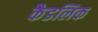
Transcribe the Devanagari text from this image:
कैडलिक